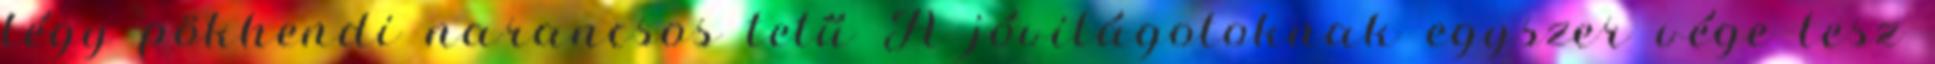
légy pökhendi narancsos tetű A jóvilágotoknak egyszer vége lesz